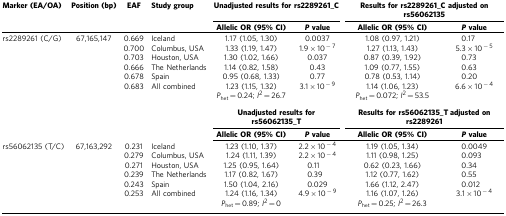
<table><thead><tr><td><b>Marker (EA/OA)</b></td><td><b>Position (bp)</b></td><td><b>EAF</b></td><td><b>Study group</b></td><td colspan="2"><b>Unadjusted results for rs2289261_C</b></td><td colspan="2"><b>Results for rs2289261_C adjusted on rs56062135</b></td></tr><tr><td><b> </b></td><td><b> </b></td><td><b> </b></td><td><b> </b></td><td><b>Allelic OR (95% CI)</b></td><td><b><i>P</i>value</b></td><td><b>Allelic OR (95% CI)</b></td><td><b><i>P</i>value</b></td></tr></thead><tbody><tr><td>rs2289261 (C/G)</td><td>67,165,147</td><td>0.669</td><td>Iceland</td><td>1.17 (1.05, 1.30)</td><td>0.0037</td><td>1.08 (0.97, 1.21)</td><td>0.17</td></tr><tr><td> </td><td> </td><td>0.700</td><td>Columbus, USA</td><td>1.33 (1.19, 1.47)</td><td>1.9 × 10<sup>−7</sup></td><td>1.27 (1.13, 1.43)</td><td>5.3 × 10<sup>−5</sup></td></tr><tr><td> </td><td> </td><td>0.703</td><td>Houston, USA</td><td>1.30 (1.02, 1.66)</td><td>0.037</td><td>0.87 (0.39, 1.92)</td><td>0.73</td></tr><tr><td> </td><td> </td><td>0.666</td><td>The Netherlands</td><td>1.14 (0.82, 1.58)</td><td>0.43</td><td>1.09 (0.77, 1.55)</td><td>0.63</td></tr><tr><td> </td><td> </td><td>0.678</td><td>Spain</td><td>0.95 (0.68, 1.33)</td><td>0.77</td><td>0.78 (0.53, 1.14)</td><td>0.20</td></tr><tr><td> </td><td> </td><td>0.683</td><td>All combined</td><td>1.23 (1.15, 1.32)</td><td>3.1 × 10<sup>−9</sup></td><td>1.14 (1.06, 1.23)</td><td>6.6 × 10<sup>−4</sup></td></tr><tr><td> </td><td> </td><td> </td><td> </td><td><i>P</i><sub>het</sub>=0.24; <i>I</i><sup>2</sup>=26.7</td><td> </td><td><i>P</i><sub>het</sub>=0.072; <i>I</i><sup>2</sup>=53.5</td><td> </td></tr><tr><td> </td><td> </td><td> </td><td> </td><td colspan="2"><b>Unadjusted results for rs56062135_T</b></td><td colspan="2"><b>Results for rs56062135_T adjusted on rs2289261</b></td></tr><tr><td> </td><td> </td><td> </td><td> </td><td><b>Allelic OR (95% CI)</b></td><td><i><b>P</b></i><b>value</b></td><td><b>Allelic OR (95% CI)</b></td><td><i><b>P</b></i><b>value</b></td></tr><tr><td>rs56062135 (T/C)</td><td>67,163,292</td><td>0.231</td><td>Iceland</td><td>1.23 (1.10, 1.37)</td><td>2.2 × 10<sup>−4</sup></td><td>1.19 (1.05, 1.34)</td><td>0.0049</td></tr><tr><td> </td><td> </td><td>0.279</td><td>Columbus, USA</td><td>1.24 (1.11, 1.39)</td><td>2.2 × 10<sup>−4</sup></td><td>1.11 (0.98, 1.25)</td><td>0.093</td></tr><tr><td> </td><td> </td><td>0.271</td><td>Houston, USA</td><td>1.25 (0.95, 1.64)</td><td>0.11</td><td>0.62 (0.23, 1.66)</td><td>0.34</td></tr><tr><td> </td><td> </td><td>0.239</td><td>The Netherlands</td><td>1.17 (0.82, 1.67)</td><td>0.39</td><td>1.12 (0.77, 1.62)</td><td>0.55</td></tr><tr><td> </td><td> </td><td>0.243</td><td>Spain</td><td>1.50 (1.04, 2.16)</td><td>0.029</td><td>1.66 (1.12, 2.47)</td><td>0.012</td></tr><tr><td> </td><td> </td><td>0.253</td><td>All combined</td><td>1.24 (1.16, 1.34)</td><td>4.9 × 10<sup>−9</sup></td><td>1.16 (1.07, 1.26)</td><td>3.1 × 10<sup>−4</sup></td></tr><tr><td> </td><td> </td><td> </td><td> </td><td><i>P</i><sub>het</sub>=0.89; <i>I</i><sup>2</sup>=0</td><td> </td><td><i>P</i><sub>het</sub>=0.25; <i>I</i><sup>2</sup>=26.3</td><td> </td></tr></tbody></table>